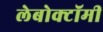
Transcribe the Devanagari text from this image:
लेबोक्टॉमी